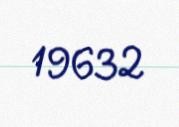
19632